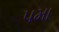
૫મા